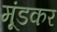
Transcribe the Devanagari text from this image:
मूंडकर